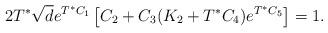
LaTeX: \begin{align*}2T^\ast \sqrt{d} e^{T^\ast C_1} \left[C_2 + C_3 (K_2 +T^\ast C_4) e^{T^\ast C_5}\right] =1.\end{align*}